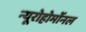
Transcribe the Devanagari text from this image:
न्यूरोहोर्मोनल